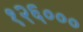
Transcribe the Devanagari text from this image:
१२६०००